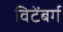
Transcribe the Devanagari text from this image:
विटेंबर्ग